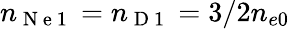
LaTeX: n_{\mathrm{~N~e~1~}}=n_{\mathrm{~D~1~}}=3/2n_{e0}